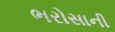
ભરોસાની